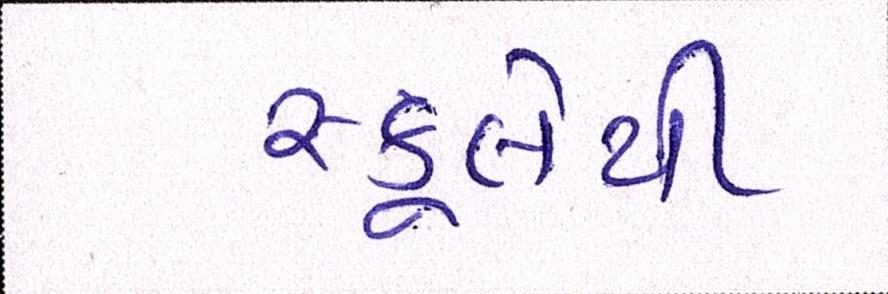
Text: સ્કૂલેથી